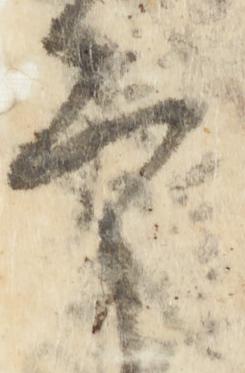
言